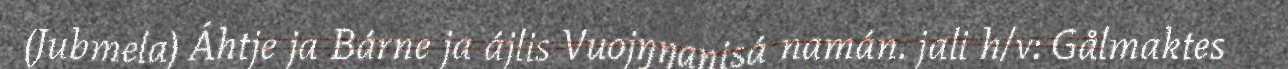
(Jubmela) Áhtje ja Bárne ja ájlis Vuojŋŋanisá namán. jali h/v: Gålmaktes